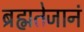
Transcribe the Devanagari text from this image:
ब्रह्मतेजानं